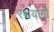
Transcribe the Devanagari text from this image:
रथयोगी